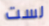
لست